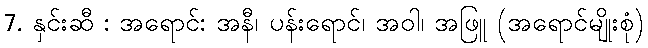
7. နှင်းဆီ : အရောင်: အနီ၊ ပန်းရောင်၊ အဝါ၊ အဖြူ (အရောင်မျိုးစုံ)